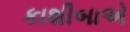
કાશીબાએ